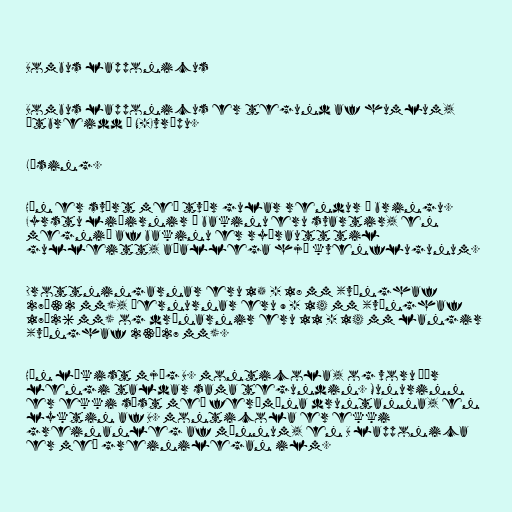
Bombus lapponicus

Bombus lapponicus er tegund af humlum,
útbreidd í N-Evrópu.

Lýsing.

Hún er svört með tvær gular rendur á bringu.
Fyrstu liðirnir á bakinu eru svartir, en
megnið af bakinu er ryðrautt til
gulleitt, aðallega hjá kvenflugunum.

Drottningarnar eru 15 - 18 mm (vænghaf
27–32 mm), þernurnar eru 9 - 14 mm (vænghaf
17–26 mm) og drónarnir eru 11 - 14 mm langir
(vænghaf 23–27 mm).

Hún líkist mjög B. monticola, og voru þær
lengi taldar sama tegundin. Munurinn
er ekki síst með ferómóna druntanna, en
lyktin af B. monticola er ekki
greinanleg af mönnum, en B lapponica
er með greinilegan ilm.